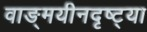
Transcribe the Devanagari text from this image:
वाङ्‌मयीनदृष्ट्या